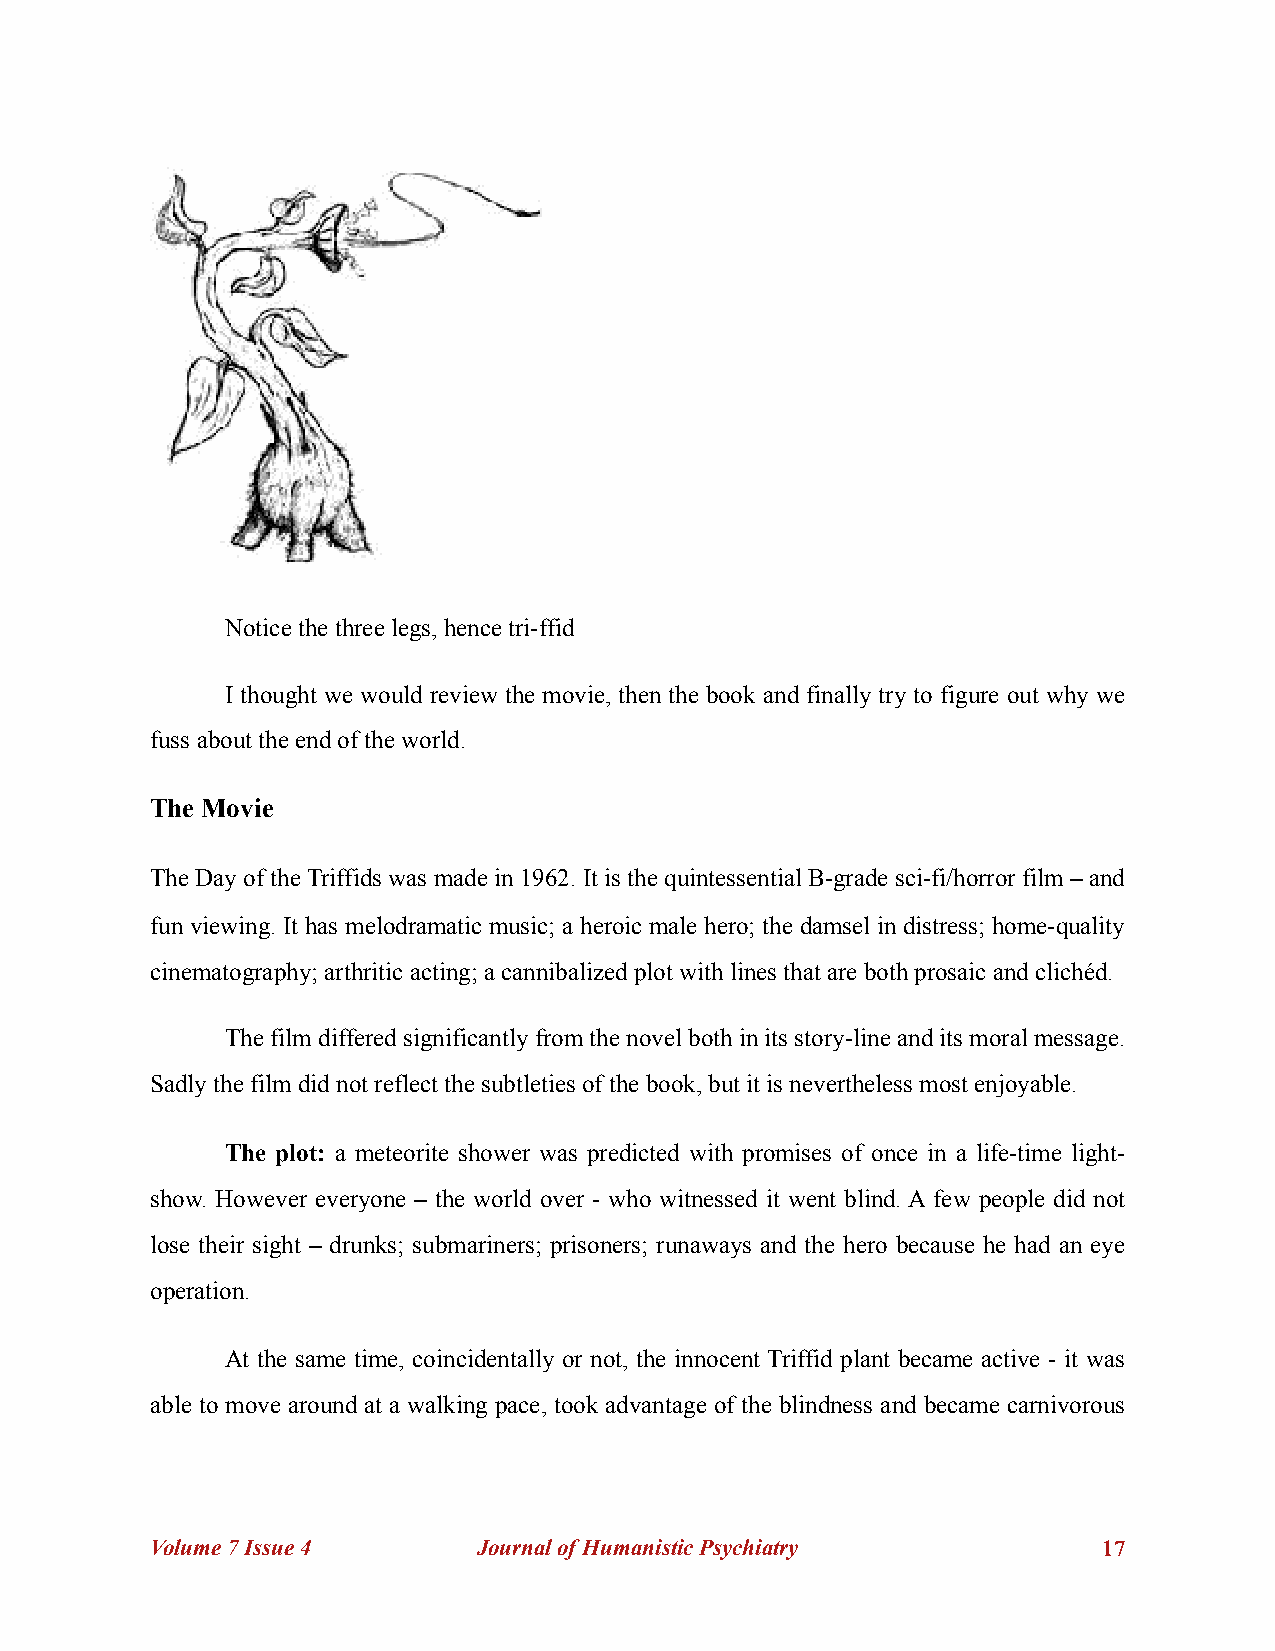
!
 Notice the three legs, hence tri-ffid
 I thought we would review the movie, then the book and finally try to figure out why we
 fuss about the end of the world.
 The Movie
 The Day of the Triffids was made in 1962. It is the quintessential B-grade sci-fi/horror film – and
 fun viewing. It has melodramatic music; a heroic male hero; the damsel in distress; home-quality
 cinematography; arthritic acting; a cannibalized plot with lines that are both prosaic and clichéd.
 The film differed significantly from the novel both in its story-line and its moral message.
 Sadly the film did not reflect the subtleties of the book, but it is nevertheless most enjoyable.
 The plot: a meteorite shower was predicted with promises of once in a life-time light-
 show. However everyone – the world over - who witnessed it went blind. A few people did not
 lose their sight – drunks; submariners; prisoners; runaways and the hero because he had an eye
 operation.
 At the same time, coincidentally or not, the innocent Triffid plant became active - it was
 able to move around at a walking pace, took advantage of the blindness and became carnivorous
 Volume 7 Issue 4      Journal of Humanistic Psychiatry         !17